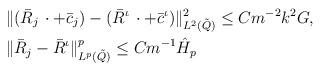
LaTeX: \begin{align*} &\Vert (\bar{R}_j\,\cdot +\bar{c}_j) - (\bar{R}^\iota\,\cdot +\bar{c}^\iota)\Vert^2_{L^2(\tilde{Q})} \le Cm^{-2}k^2 G, \\ & \Vert \bar{R}_j - \bar{R}^\iota \Vert^p_{L^p(\tilde{Q})} \le Cm^{-1} \hat{H}_p \end{align*}